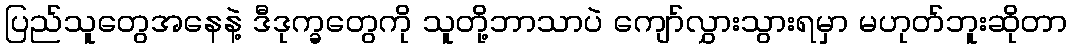
ပြည်သူတွေအနေနဲ့ ဒီဒုက္ခတွေကို သူတို့ဘာသာပဲ ကျော်လွှားသွားရမှာ မဟုတ်ဘူးဆိုတာ